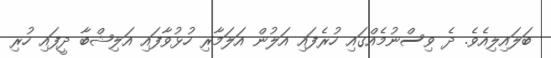
ބަލައިލިއެވެ. ދެ ވިސްނުމެއްގައި ހުރެފައި އަލުން އަލަމާރި ހުޅުވާފައި އަލިޝްބާ ދީފައި ހުރި